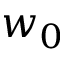
w _ { 0 }